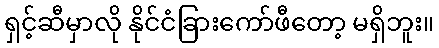
ရှင့်ဆီမှာလို နိုင်ငံခြားကော်ဖီတော့ မရှိဘူး။